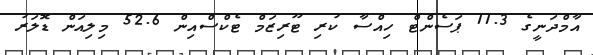
އާމްދަނީގެ 11.3 ޕަސެންޓް ހިއްސާ ކުރި ޓޫރިޒަމް ޓެކްސްއިން 52.6 މިލިއަން ޑޮލަރު